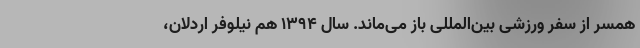
همسر از سفر ورزشی بین‌المللی باز می‌ماند. سال ۱۳۹۴ هم نیلوفر اردلان،